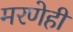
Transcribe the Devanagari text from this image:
मरणेही